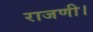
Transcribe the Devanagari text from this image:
राजणी।